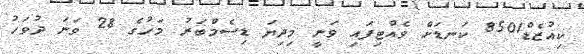
ކިއުޒެޑް8501 ކަނޑަށް ވެއްޓިފައި ވަނީ މިދިޔަ ޑިސެމްބަރު މަހުގެ 28 ވަނަ ދުވަހު